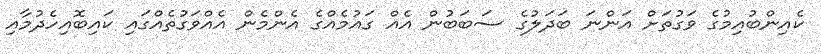
ކެއިންބުއިމުގެ ވަގުތަށް އަންނަ ބަދަލުގެ ސަބަބުން އެއް ގައުމެއްގެ އެންމެން އެއްވަގުތެއްގައި ކައިބޮއިހެދުމާއި